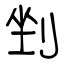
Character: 剉